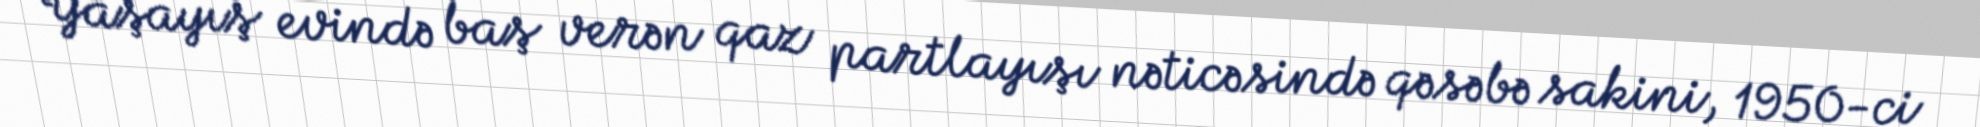
Yaşayış evində baş verən qaz partlayışı nəticəsində qəsəbə sakini, 1950-ci